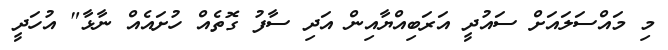
މި މައްސަލައަށް ސައުދީ އަރަބިއްޔާއިން އަދި ސާފު ގޮތެއް ހުށައެއް ނާޅާ" އުހަދީ